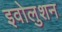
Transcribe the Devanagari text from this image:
इवोलुशन